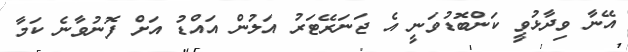
އޭނާ ވިދާޅުވީ ކަންބޮޑުވަނީ އެ ޖަނަރޭޓަރު އަލުން އައްޑު އަށް ފޮނުވާނެ ކަމާ